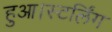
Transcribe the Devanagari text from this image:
हुआ।स्टर्लिंग